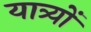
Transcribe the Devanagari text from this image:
यात्र्यों